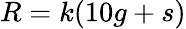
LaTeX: R=k(10g+s)